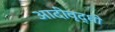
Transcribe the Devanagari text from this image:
आदीवृद्धी